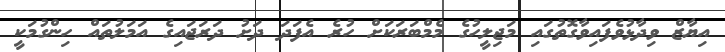
އިޔާޒް ވިދާޅުވެފައިވާގޮތުގައި މަޖިލީހުގެ މެމްބަރަކަށް ހުރެ އެފަދަ ދަށު ދަރަޖައިގެ އަމަލުތައް ހިންގުމަކީ